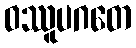
ဝဿူပဂတေ